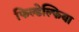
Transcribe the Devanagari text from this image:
फिल्डेल्फिया